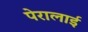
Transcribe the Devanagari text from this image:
पेरालाई